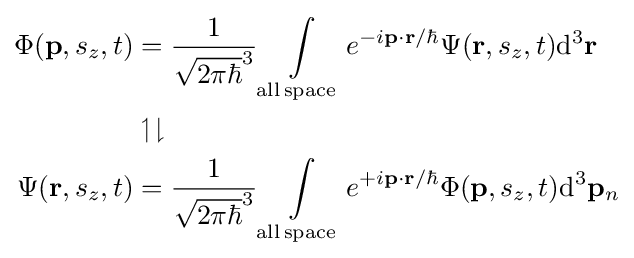
{\begin{aligned}\Phi (\mathbf {p} ,s_{z},t)&={\frac {1}{{\sqrt {2\pi \hbar }}^{3}}}\int \limits _{\mathrm {all\,space} }e^{-i\mathbf {p} \cdot \mathbf {r} /\hbar }\Psi (\mathbf {r} ,s_{z},t)\mathrm {d} ^{3}\mathbf {r} \\&\upharpoonleft \downharpoonright \\\Psi (\mathbf {r} ,s_{z},t)&={\frac {1}{{\sqrt {2\pi \hbar }}^{3}}}\int \limits _{\mathrm {all\,space} }e^{+i\mathbf {p} \cdot \mathbf {r} /\hbar }\Phi (\mathbf {p} ,s_{z},t)\mathrm {d} ^{3}\mathbf {p} _{n}\\\end{aligned}}